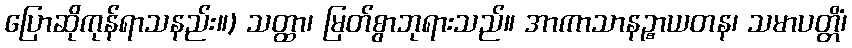
ပြောဆိုကုန်ရာသနည်း။) သတ္ထာ၊ မြတ်စွာဘုရားသည်။ အာကာသာနဉ္စာယတန၊ သမာပတ္တိံ၊